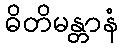
ဓိတိမန္တာနံ